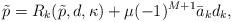
LaTeX: \begin{align*}\tilde p= R_k(\tilde p, d, \kappa) + \mu (-1)^{M+1} \bar a_k d_k,\end{align*}